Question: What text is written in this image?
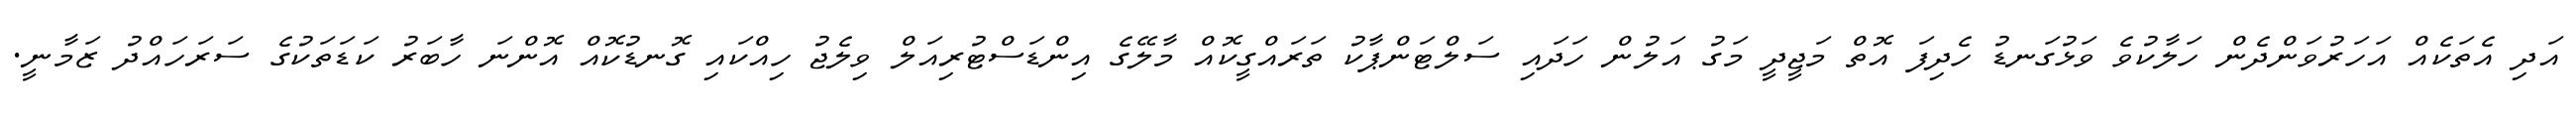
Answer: އަދި އެތަކެއް އަހަރުވަންދެން ހަލާކުވެ ވަޅުގަނޑު ހެދިފަ އޮތް މަޖީދީ މަގު އަލުން ހަދައި ސަލްޓަންޕާކު ތަރައްގީކޮއް މާލޭގެ އިންޑަސްޓުރިއަލް ވިލެޖު ހިއްކައި ގޮނޑުކޮއް އޮންނަ ހާބަރު ކަޑަތަކުގެ ސަރަހައްދު ޒަމާނީ.